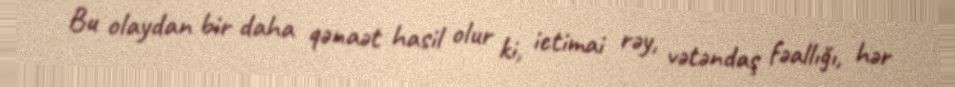
Bu olaydan bir daha qənaət hasil olur ki, ictimai rəy, vətəndaş fəallığı, hər